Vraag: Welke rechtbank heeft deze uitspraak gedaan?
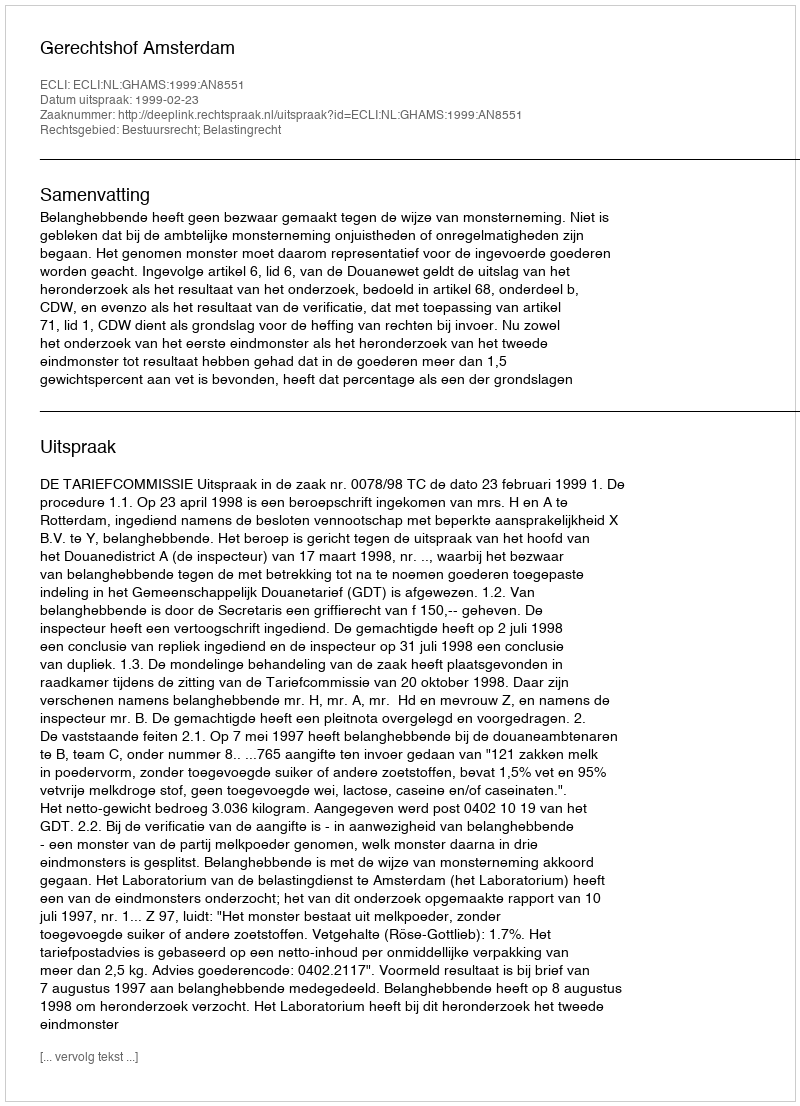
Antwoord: Gerechtshof Amsterdam